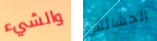
والشيء الحشائش